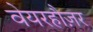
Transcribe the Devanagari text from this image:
वेयरहौज़र